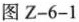
图Z-6-1